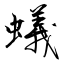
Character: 蟻